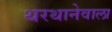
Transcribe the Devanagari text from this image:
थरथानेवाला